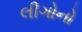
લીગોનો